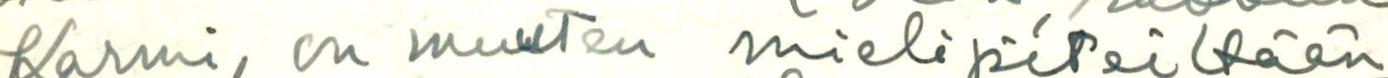
Karmi, on muuten mielipiteiltään